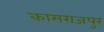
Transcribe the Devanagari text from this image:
कामराजपुर